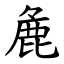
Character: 麁